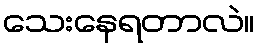
သေးနေရတာလဲ။